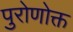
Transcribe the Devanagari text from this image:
पुरोणोक्त